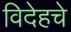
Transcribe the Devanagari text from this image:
विदेहचे